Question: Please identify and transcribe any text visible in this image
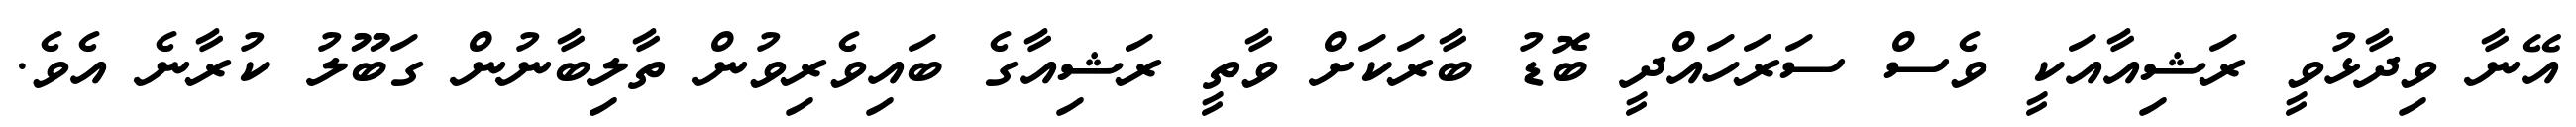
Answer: އޭނާ ވިދާޅުވީ ރަޝިއާއަކީ ވެސް ސަރަހައްދީ ބޮޑު ބާރަކަށް ވާތީ ރަޝިއާގެ ބައިވެރިވުން ތާލިބާނުން ގަބޫލު ކުރާނެ އެވެ.